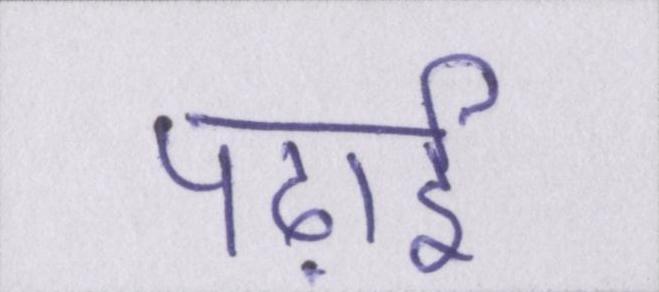
पढ़ाई